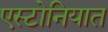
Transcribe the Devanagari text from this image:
एस्टोनियात